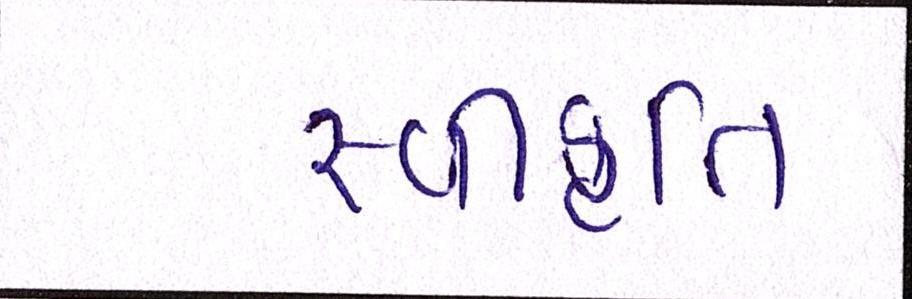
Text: સ્વીકૃતિ